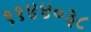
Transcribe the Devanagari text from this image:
११४४०३८